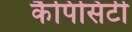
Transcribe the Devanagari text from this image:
कैपिसिटी